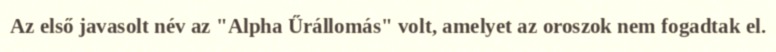
Az első javasolt név az "Alpha Űrállomás" volt, amelyet az oroszok nem fogadtak el.